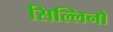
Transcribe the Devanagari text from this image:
सिल्लिनो